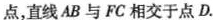
点，直线AB与FC相交于点D.